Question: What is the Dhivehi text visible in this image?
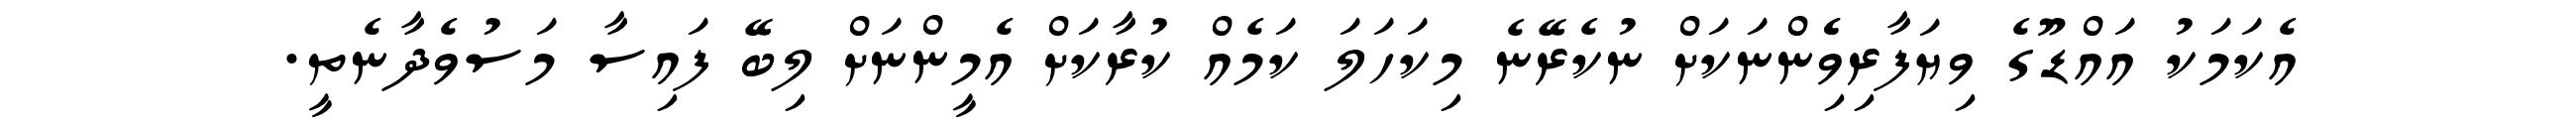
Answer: އެކަމަކު އައްޑޫގެ ވިޔަފާރިވެެިންނަކަށް ނުކެރޭނެ މިކަހަލަ ކަމެއް ކުރާކަށް އެމީންނަށް ލިބޭ ފައިސާ މަސުވެދާނެތީ.